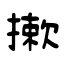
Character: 摗